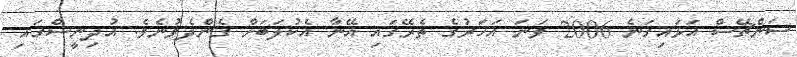
ސަންޗޭސް އަޅައިގަނެ 2006 ވަނަ އަހަރުގެ ތެރޭގައި އޭނާ އެކުލަބަށް ގެންދެވުނެވެ. އުދިނީސްގައި